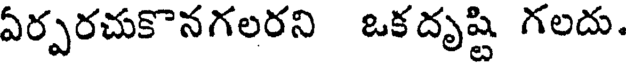
ఏర్పరచుకొనగలరని ఒక దృష్టి గలదు.